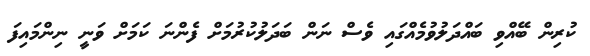
ކުރިން ބޭއްވި ބައްދަލުވުމެއްގައި ވެސް ނަން ބަދަލުކުރުމަށް ފެންނަ ކަމަށް ވަނީ ނިންމައިފަ